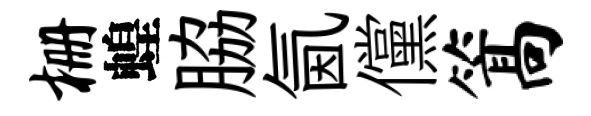
栅蝗脇氤儻篙